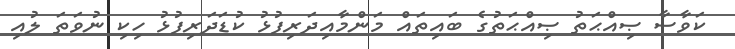
ކަވާސާ ޞިއްޙަތު ޞިއްޙަތުގެ ބައިތައް މަންމާއިދަރިފުޅު ކުޑަދަރިފުޅު ހިކި ނުވަތަ ލުއި